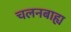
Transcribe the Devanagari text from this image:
चलनबाह्य